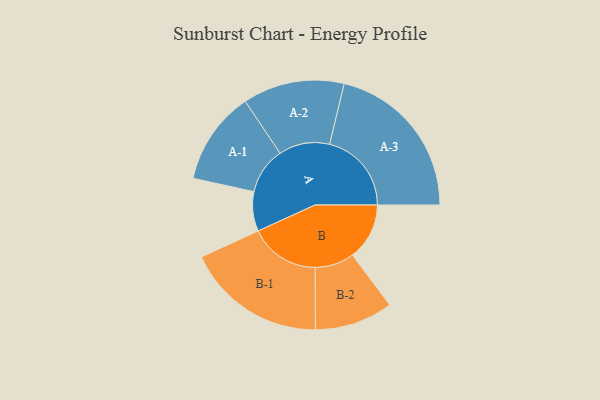
{"axis": {"x": "Segment", "y": "Value"}, "legend": ["", "A", "B"], "data": [{"x": "A", "y": 136, "type": ""}, {"x": "B", "y": 196, "type": ""}, {"x": "A-1", "y": 161, "type": "A"}, {"x": "A-2", "y": 175, "type": "A"}, {"x": "A-3", "y": 282, "type": "A"}, {"x": "B-1", "y": 242, "type": "B"}, {"x": "B-2", "y": 135, "type": "B"}]}